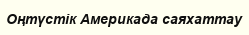
Оңтүстік Америкада саяхаттау